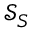
\mathcal { S } _ { S }